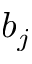
b _ { j }